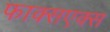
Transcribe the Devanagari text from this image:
फाक्सएक्स